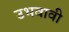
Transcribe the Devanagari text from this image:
उभवावी